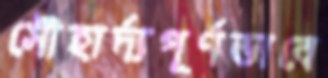
সৌহার্দ্যপূর্ণভাবে